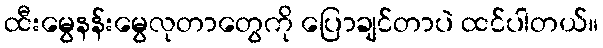
ထီးမွေနန်းမွေလုတာတွေကို ပြောချင်တာပဲ ထင်ပါတယ်။